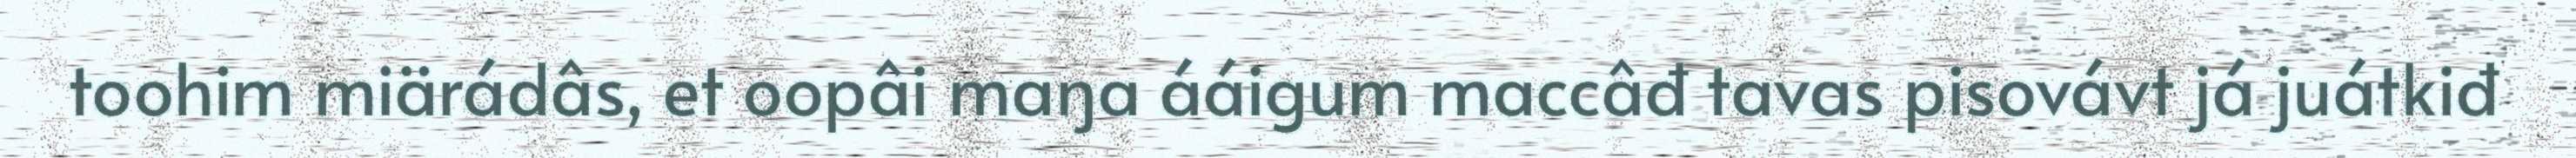
toohim miärádâs, et oopâi maŋa ááigum maccâđ tavas pisovávt já juátkiđ